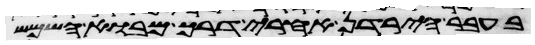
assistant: בעבר הירדן אחרי דרך מבוא השמש